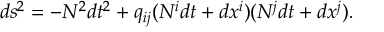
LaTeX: d s ^ { 2 } = - N ^ { 2 } d t ^ { 2 } + q _ { i j } ( N ^ { i } d t + d x ^ { i } ) ( N ^ { j } d t + d x ^ { j } ) .